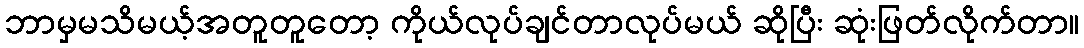
ဘာမှမသိမယ့်အတူတူတော့ ကိုယ်လုပ်ချင်တာလုပ်မယ် ဆိုပြီး ဆုံးဖြတ်လိုက်တာ။